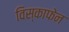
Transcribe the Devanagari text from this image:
विस्काफेन